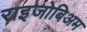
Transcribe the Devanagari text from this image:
राइजोबिअम